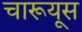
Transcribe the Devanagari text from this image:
चारूयूस